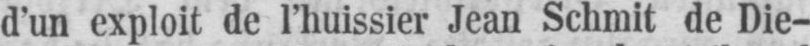
d’un exploit de l’huissier Jean Schmit de Die-